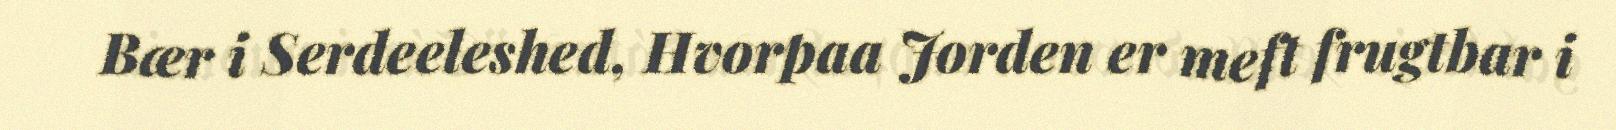
Bær i Serdeeleshed, Hvorpaa Jorden er meft frugtbar i